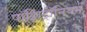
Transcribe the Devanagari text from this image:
पॉझिट्रॉनियम